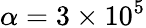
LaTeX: \alpha=3\times 10^{5}